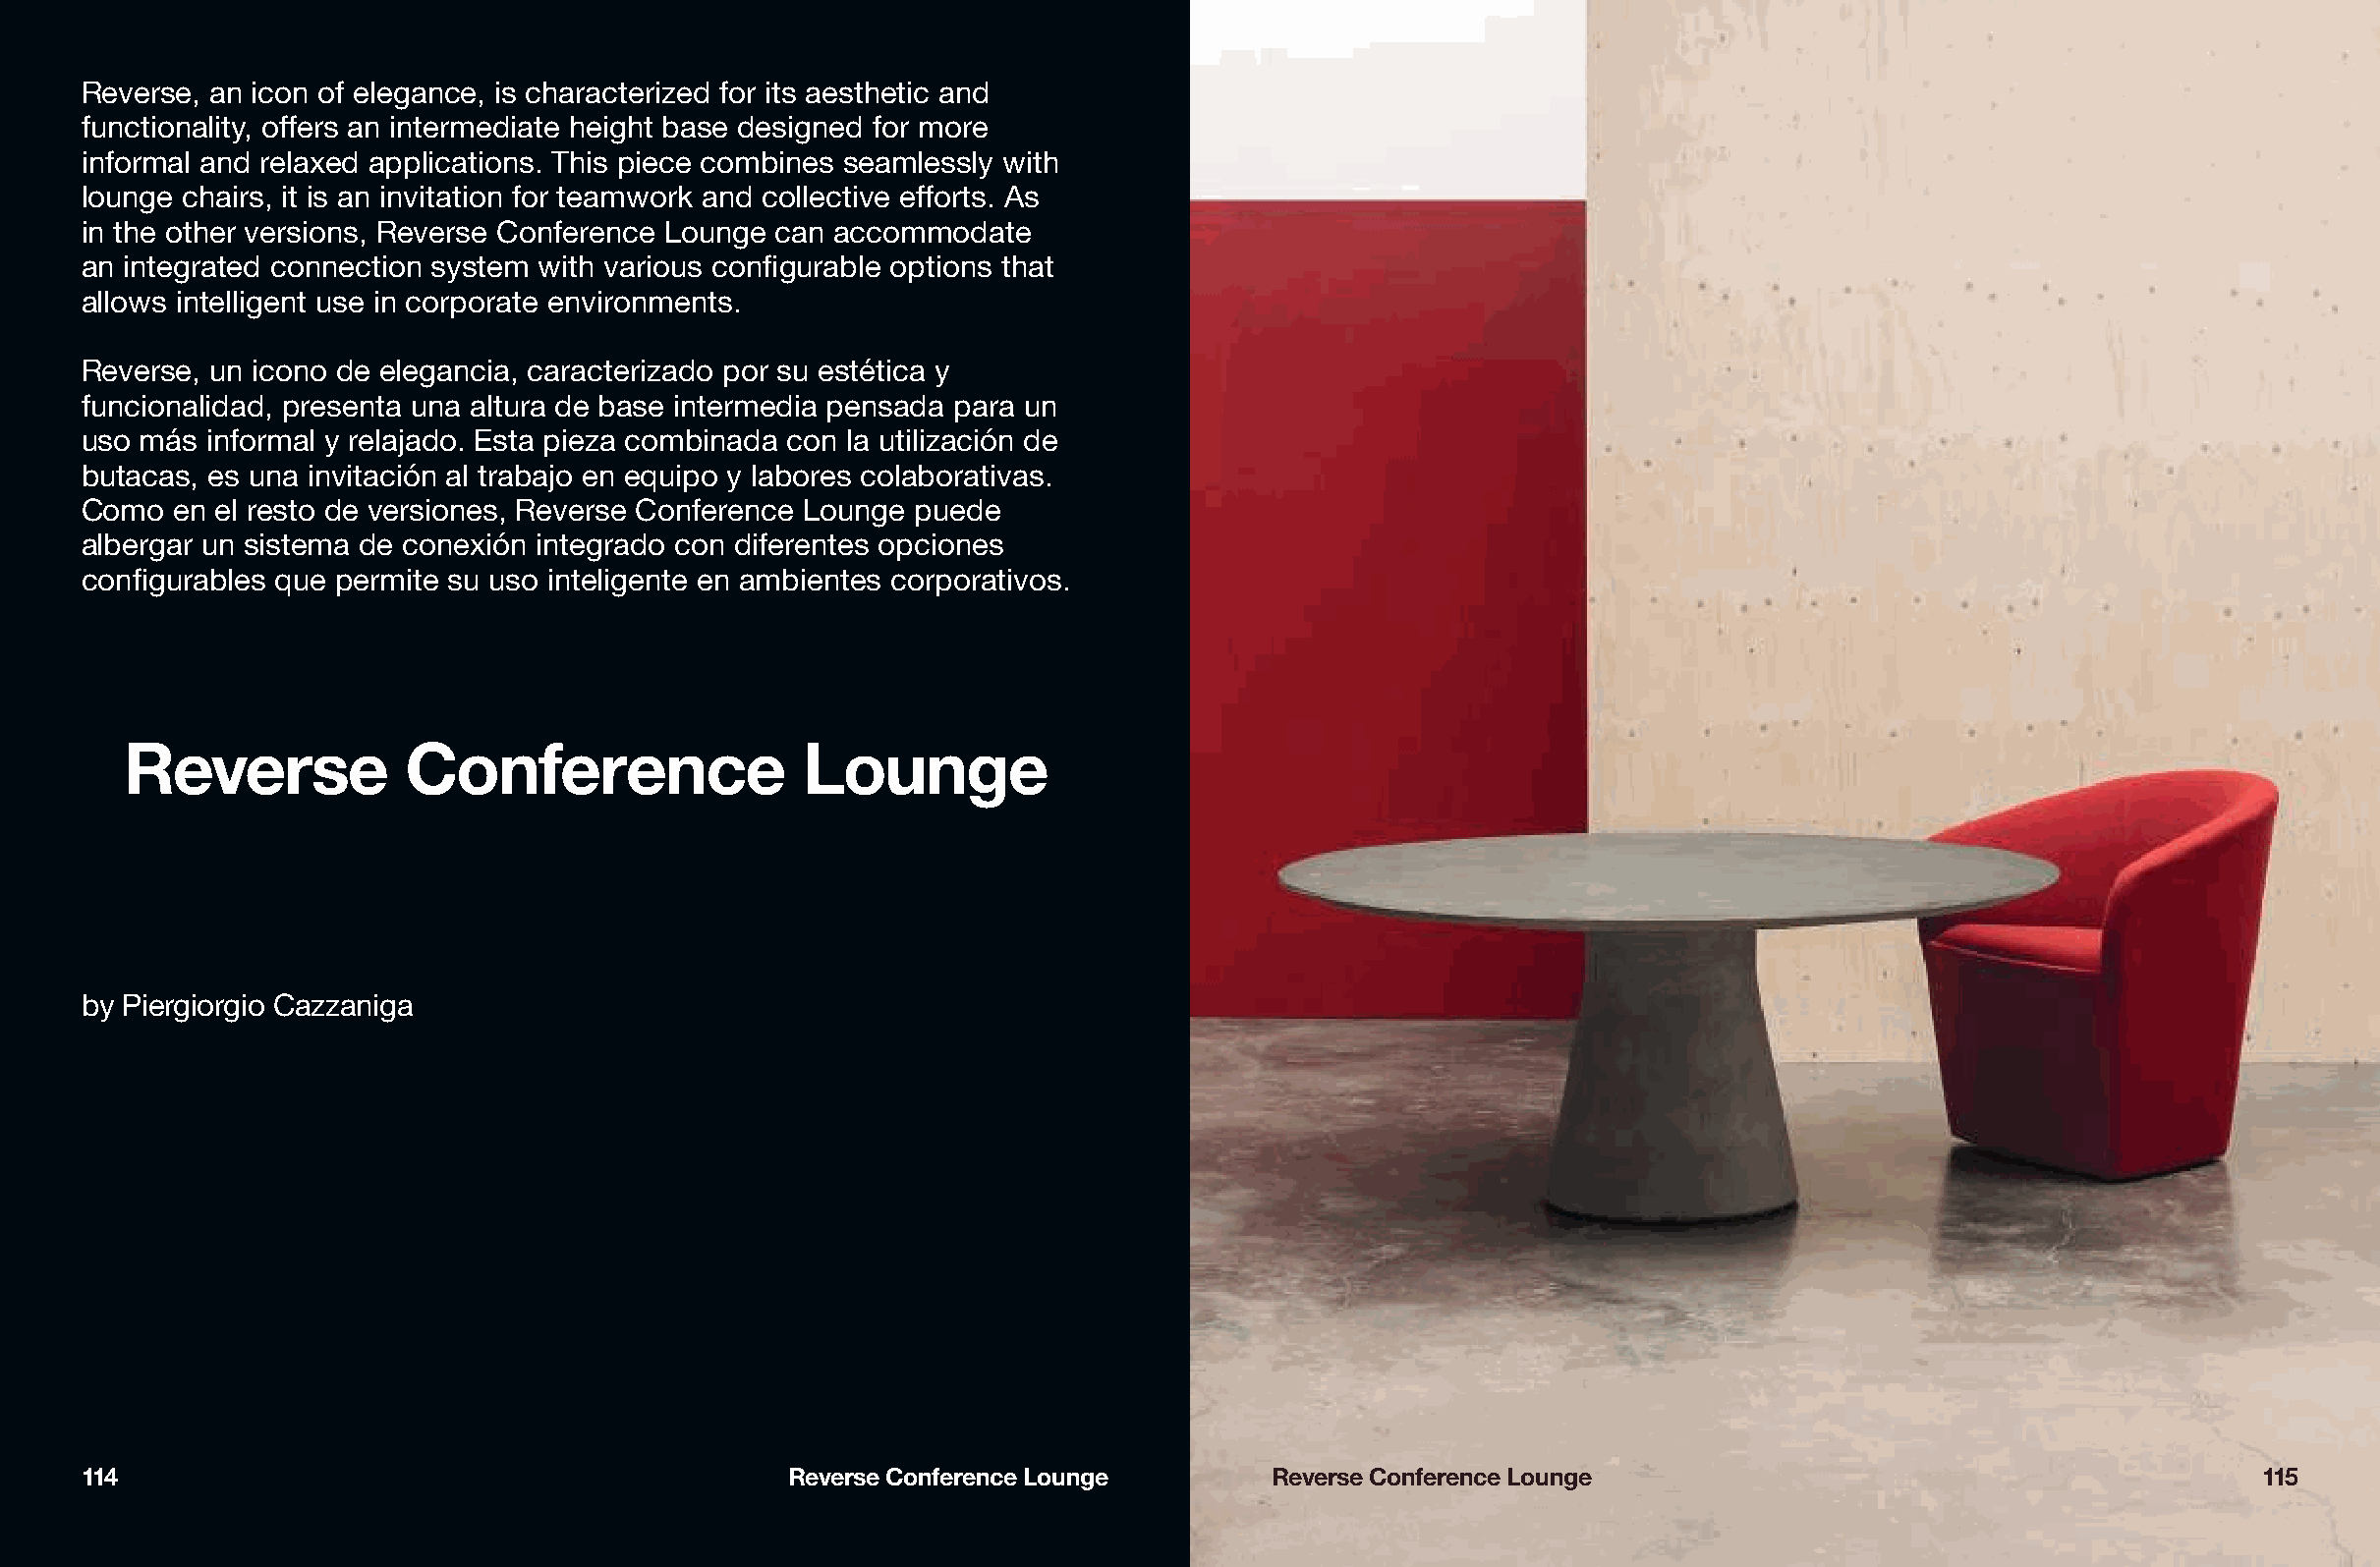
TRheev evresres,a atinli tiyc oonf tohfe e Rleegvaenrcsee ,s iyss ctehmar aisc tietsri zaebdil itfyo rt oit sb aee sthetic and
 cfuonmctbioinneadli twy,i tohf ftearbsl ea nto ipntse ormf deidffiearteen ht esiigzhets ,b fiansies hdeess,i gned for more
 finofromrmatasl aanndd mrealatexreiadl sa.p Tphliicsa atisopnesc. tT ahnisd pitise cneu mcoemrobuisn es seamlessly with
 eloleucntgriec cahnadir ms, uitl tiism aend iian vsiotalutitoionn fso rm teeaemts waoll rrke qaunidre cmoellnectst ive efforts. As
 fino rt htoed oatyh’es rw voerrkssiopnasc,e R. everse Conference Lounge can accommodate
 an integrated connection system with various configurable options that
 Lalalo vwesrs ianttielildliagde ndte u esest ien pcroorgproarmatae deen vmireosnams esnet sb.asa en sus
 posibilidades de combinación. Los sobres, de diferentes
 tRaemvaeñrsoes,, uanc aicboandoo ds,e f oelremgaatnocsi ay, mcaartaecritaelreizsa yd ola sp obra ssue se,s tética y
 rfueanlcizioandaalsid eand ,p porleiesteilenntao ,u snea oafltruercae nd ee nb adsiset iinnttoesrm ceodloiare pse nsada para un
 yu saoc ambáasd ionsfo. rSmea cl oym repllaejtaad coo. nE sstoal upcieioznae cso imntbeignraadleas cdoen la utilización de
 cbountaeccatisv,i deasd u enlaé cintrviictaac yió mn uallt itmraebdaiajo. en equipo y labores colaborativas.
 Como   en el resto de versiones, Reverse Conference Lounge puede
 albergar un sistema de conexión integrado con diferentes opciones
 configurables que permite su uso inteligente en ambientes corporativos.
 Reverse            Conference                 Lounge
 by Piergiorgio Cazzaniga
 114                                             Reverse Conference Lounge        Reverse Conference Lounge                                         115